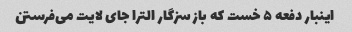
اینبار دفعه ۵ خست که باز سزگار الترا جای لایت می‌فرستن